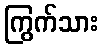
ကြွက်သား